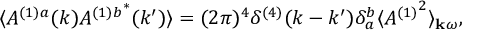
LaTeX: \langle A ^ { ( 1 ) a } ( k ) { A ^ { ( 1 ) b } } ^ { * } ( k ^ { \prime } ) \rangle = ( 2 \pi ) ^ { 4 } \delta ^ { ( 4 ) } ( k - k ^ { \prime } ) \delta _ { a } ^ { b } \langle { A ^ { ( 1 ) } } ^ { 2 } \rangle _ { { \bf k } \omega } ,